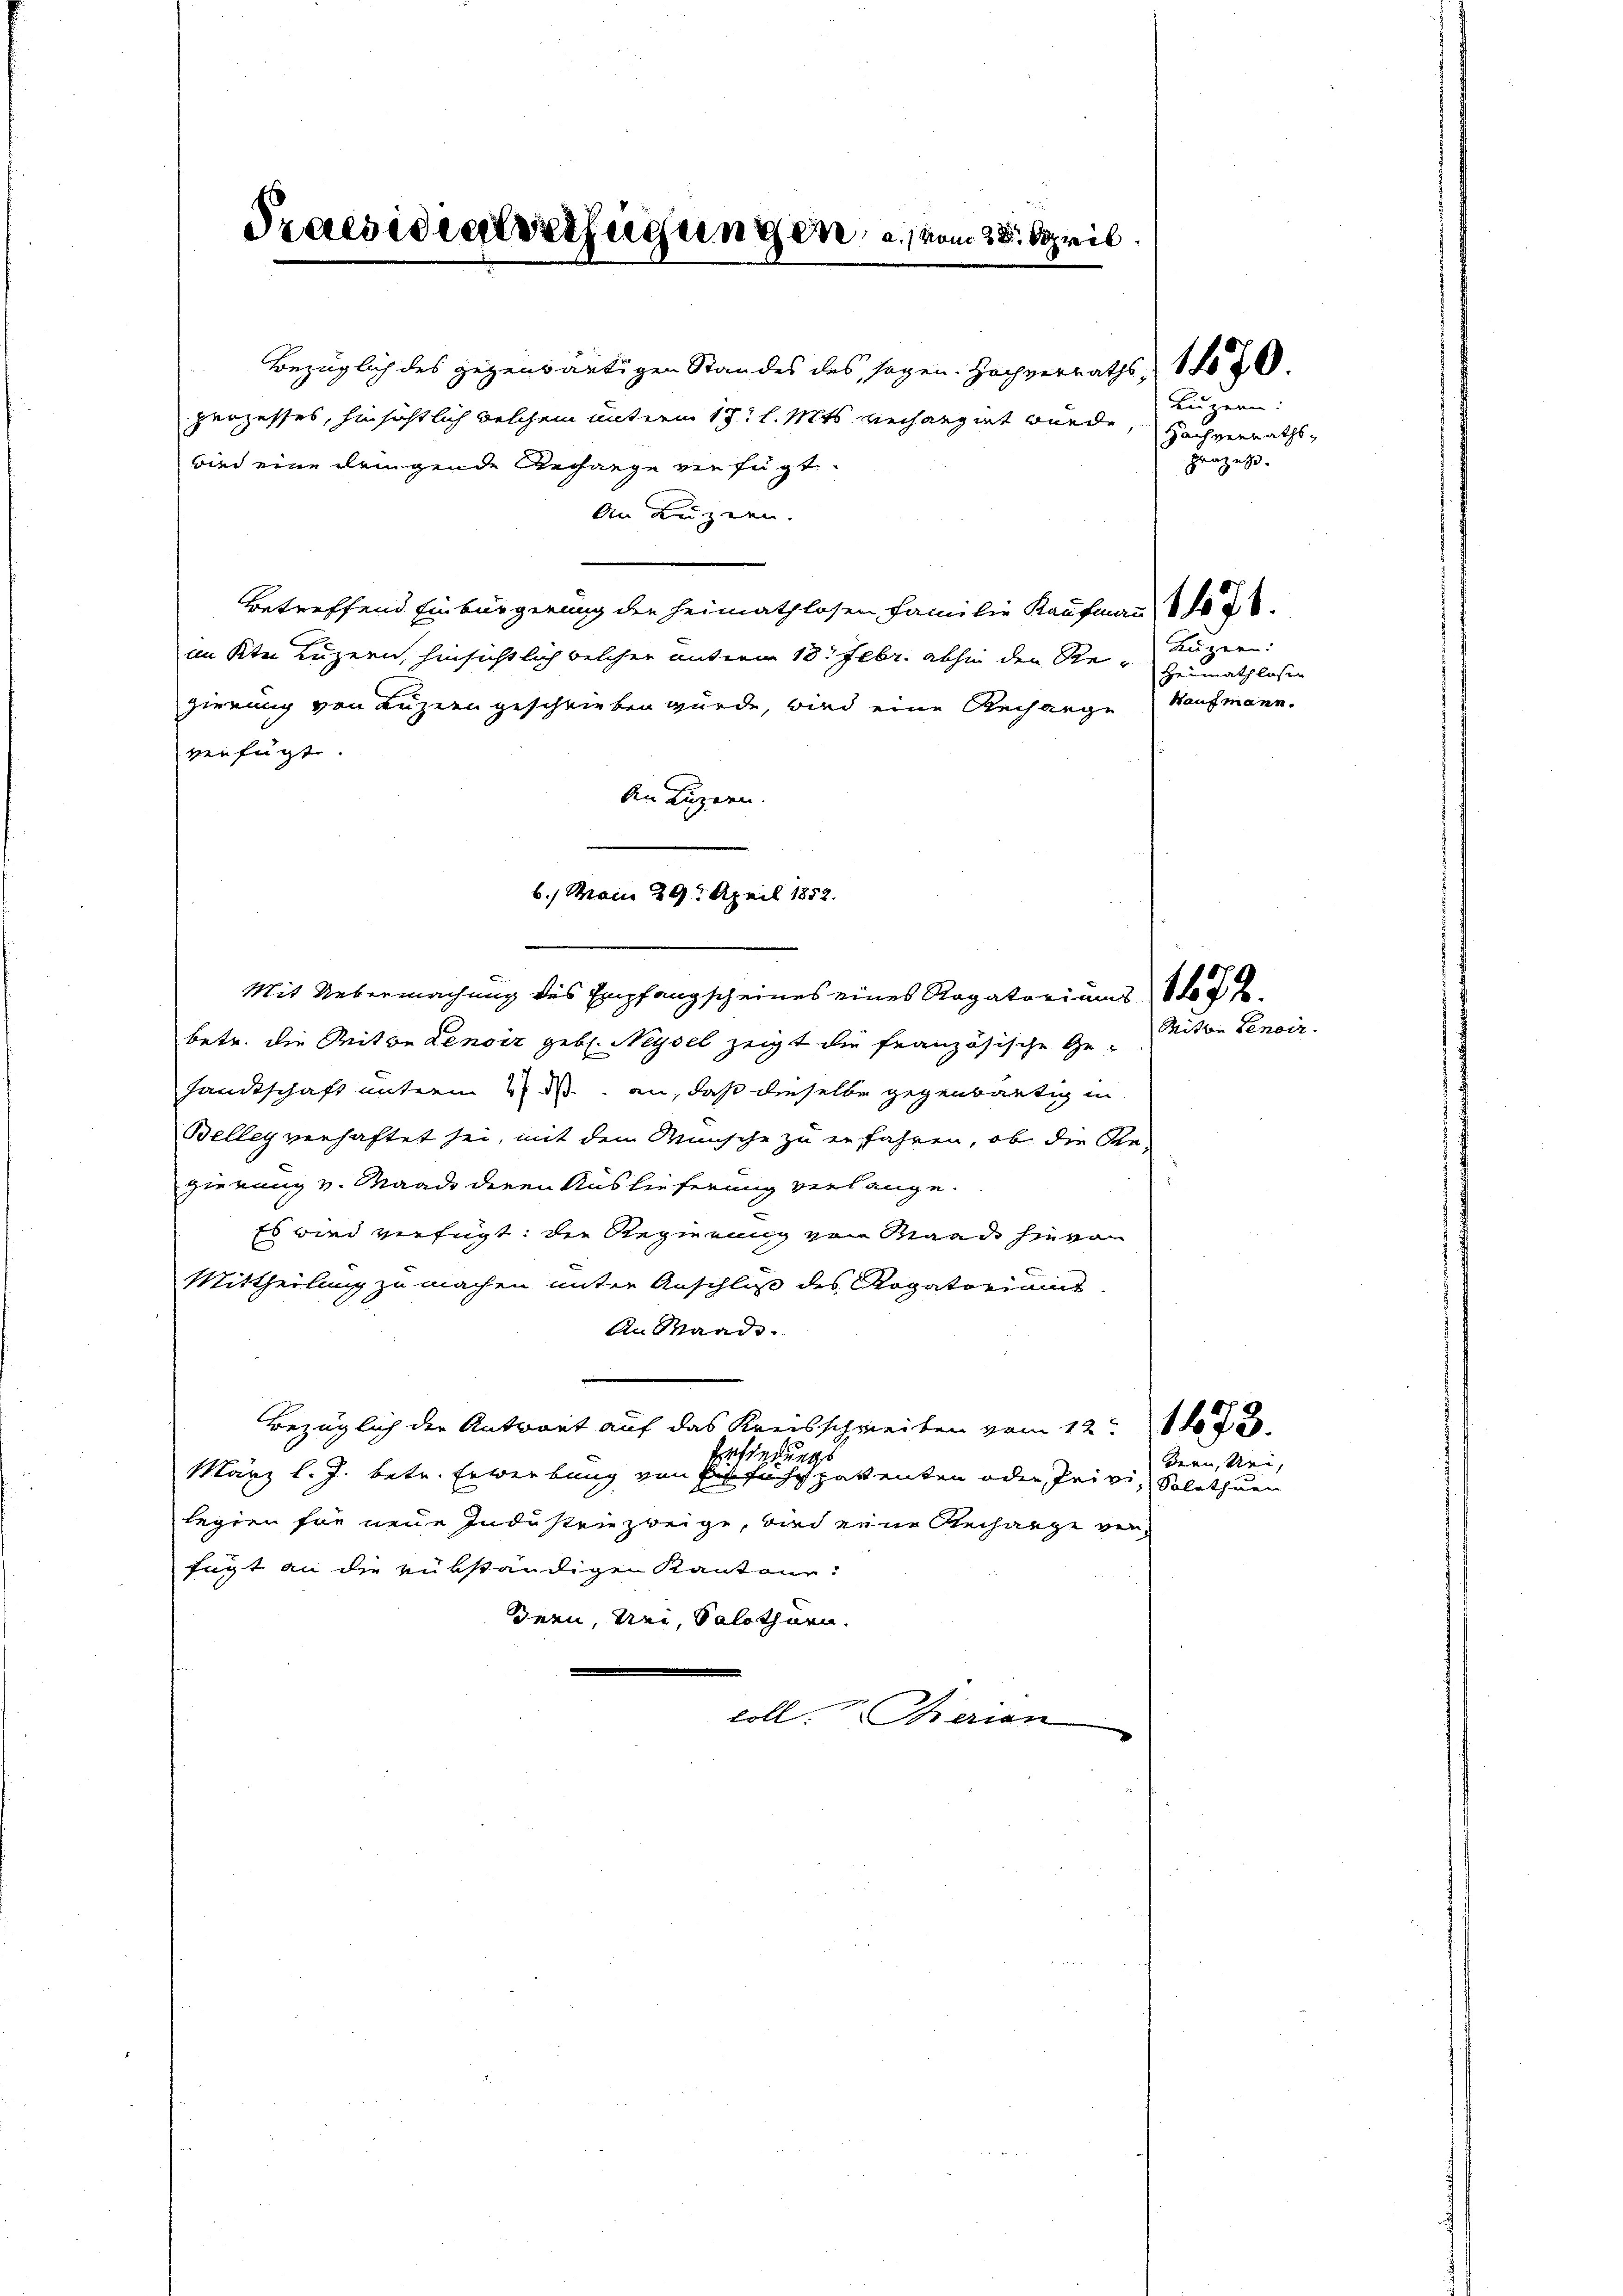
Praesidialverfügungen, a. vom 28. April

Bezüglich des gegenwärtigen Standes des sogen. Hochverraths, 120.
perzesses, hinsichtlich welchem unterm 15t l. Mts. verhängert wurde,
wird eine dringende Rechange verfügt
An Luzern.
betreffend Einbürgerung der Heimathlosen Familie Kaufmann
im Ktei Luzern, hinsichtlich welcher unterm 18. Febr. abhin den Regierung von Luzern geschrieben würde, wird eine Rechange Kaufmann.
verfügt:
An Luzern.
betr. die Mitte Lenoir geb. Neysel zeigt die französische Ge-
sandtschaft unterm 2. ds. an, daß dieselbe gegenwärtig in
Belleg verhaftet sei, mit den Wünsche zu zufahren, ob die Re-
gierung v. Waadt deren Auslieferung verlange.
Es wird verfügt: die Regierung von Waadt hievon
Mittheilung zu machen unter Anschluß des Rogatorias.
An Waadt.
Bezüglich der Antwort auf das Kreisschreiben vom 12. 172.
Basserungs
März l. J. betr. Erwerbung von Erfuchs patenten oder Privilegien für neue Industriezweige, die eine Recharge verfügt an die rükständigen Kantone:
Ieen, Uri, Solothurn.
coll. Therien

6) Mann 29. April 1852.
Mit Uebermachung des Empfangscheines eines Rogatoriums

Luzern:
Hachverrathsprozes
Kurren:
Heimathlosen

Mitte Senoir.

Solothurn

een, sei,